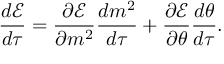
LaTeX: \frac { d \mathcal { E } } { d \tau } = \frac { \partial \mathcal { E } } { \partial m ^ { 2 } } \frac { d m ^ { 2 } } { d \tau } + \frac { \partial \mathcal { E } } { \partial \theta } \frac { d \theta } { d \tau } .